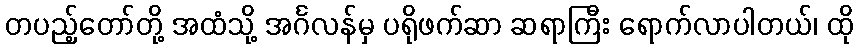
တပည့်တော်တို့ အထံသို့ အင်္ဂလန်မှ ပရိုဖက်ဆာ ဆရာကြီး ရောက်လာပါတယ်၊ ထို